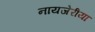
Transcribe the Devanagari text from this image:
नायजेरीया